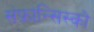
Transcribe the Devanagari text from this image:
संफ्रांन्सिस्को